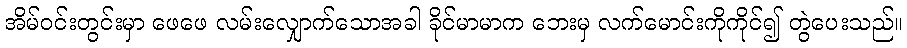
အိမ်ဝင်းတွင်းမှာ ဖေဖေ လမ်းလျှောက်သောအခါ ခိုင်မာမာက ဘေးမှ လက်မောင်းကိုကိုင်၍ တွဲပေးသည်။